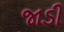
જાડી